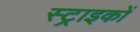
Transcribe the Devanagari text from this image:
स्ट्राइकों